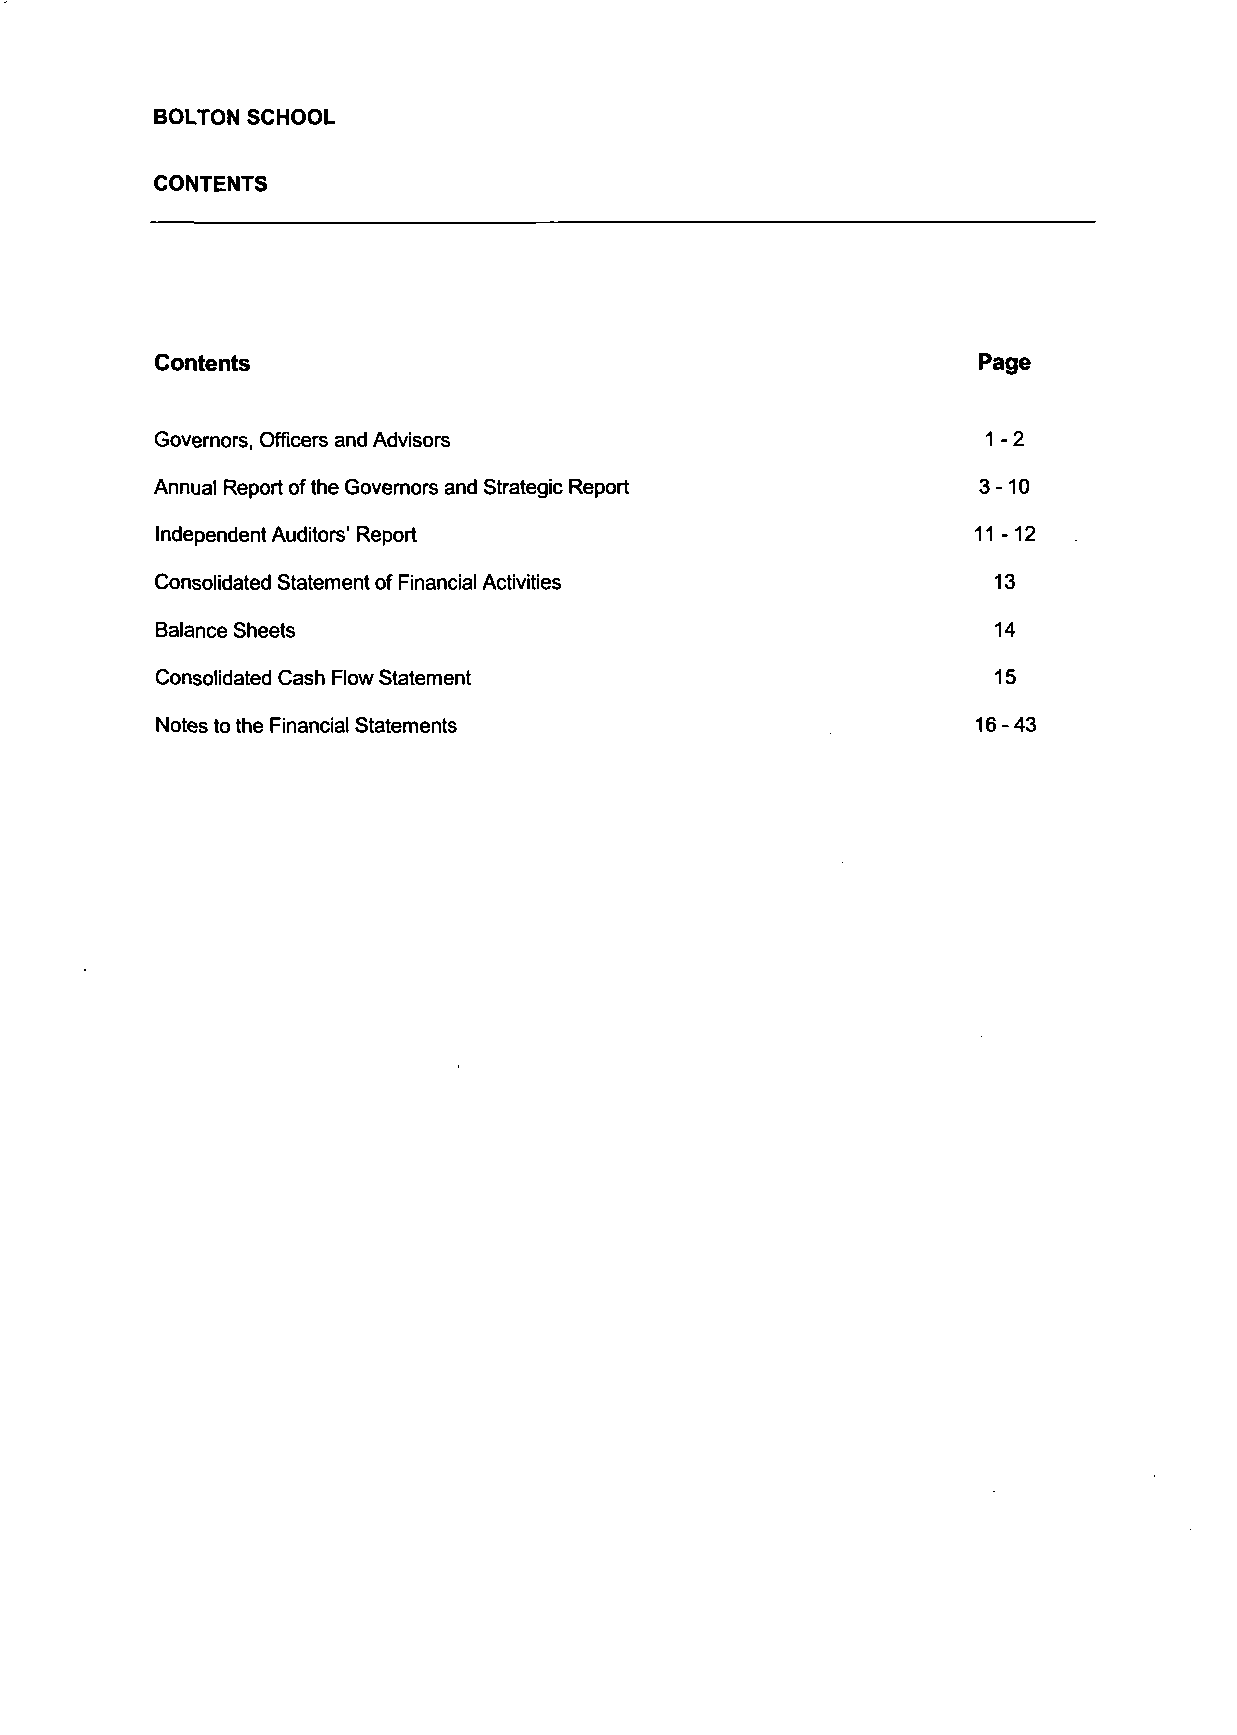
BOLTON SCHOOL
 CONTENTS
 Contents                                               Page
 Governors, Officers and Advisors                        1-2
 Annual Report of the Governors and Strategic Report    3-10
 Independent Auditors' Report                           11-12
 Consolidated Statement of Financial Activities          13
 Balance Sheets                                          14
 Consolidated Cash Flow Statement                        15
 Notes to the Financial Statements                      16 - 43